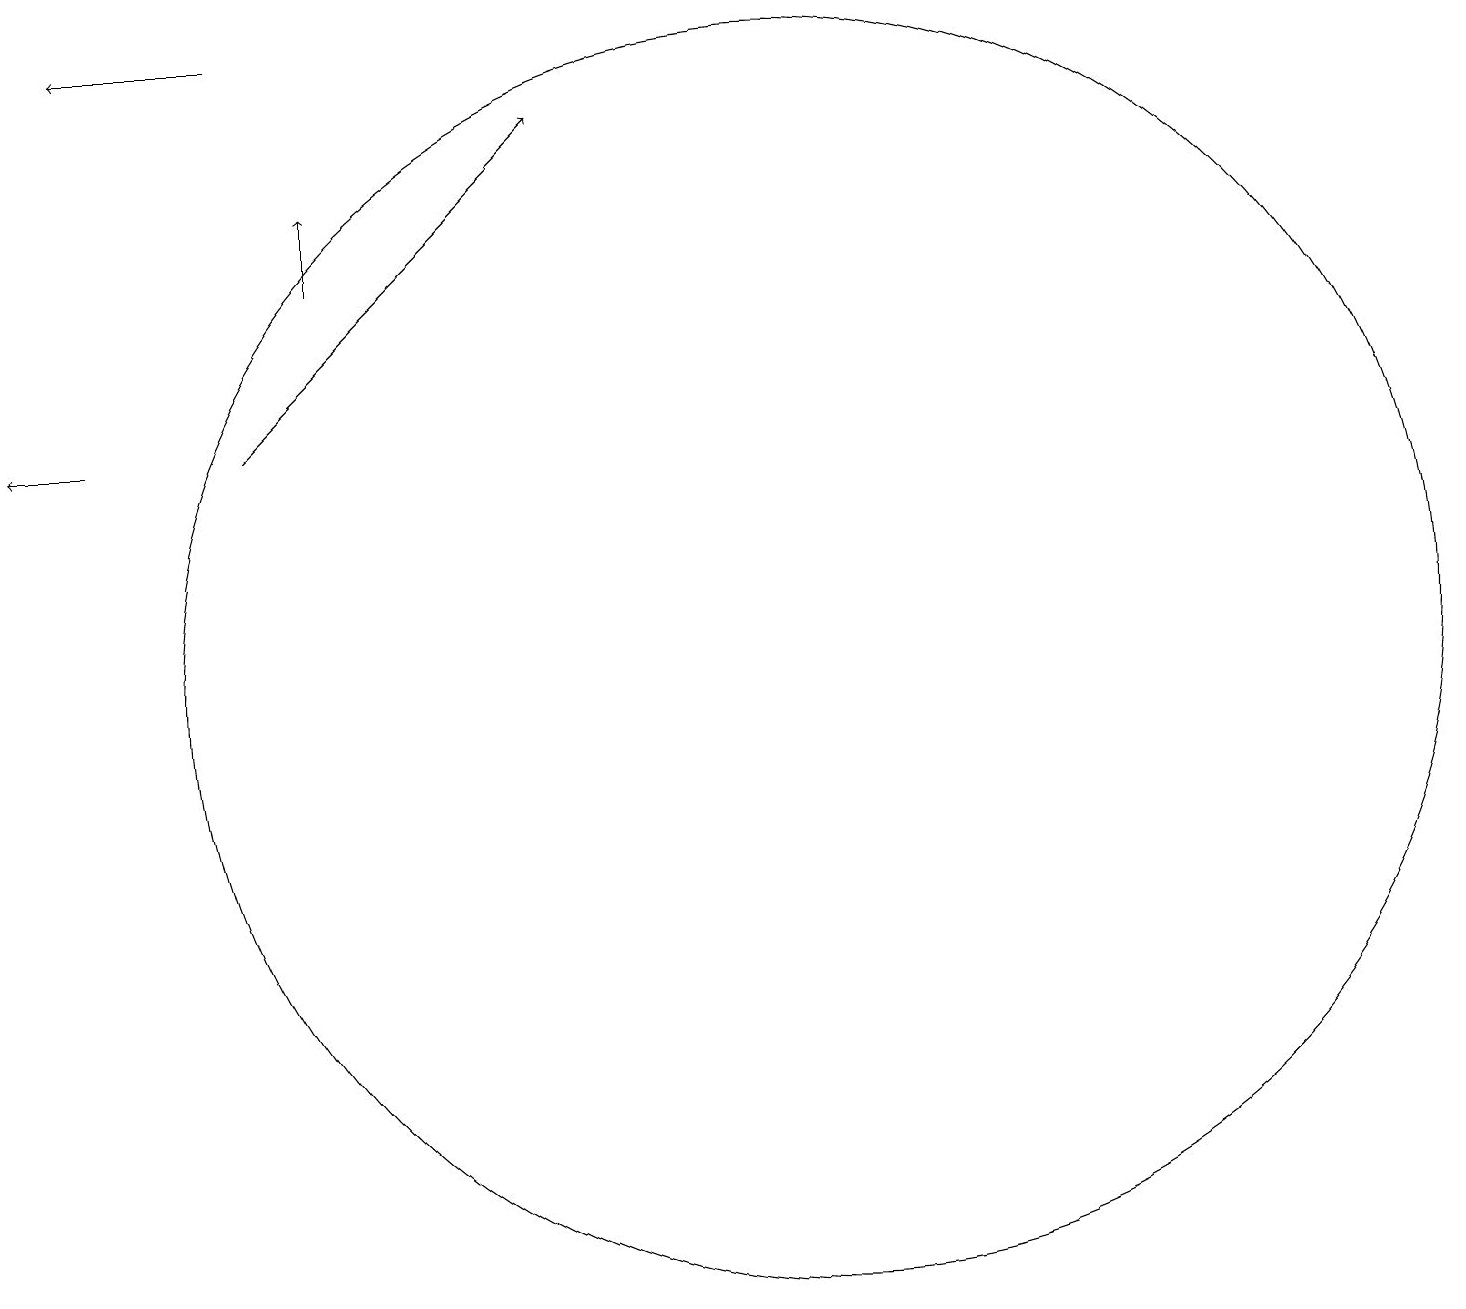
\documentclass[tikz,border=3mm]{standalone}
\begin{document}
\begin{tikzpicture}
\draw[->] (3,19) -- (1,19);
\draw[->] (1,14) -- (0,14);
\draw[->] (4,16) -- (4,17);
\draw (10,11) circle (8);
\draw[->] (3,14) -- (7,18);
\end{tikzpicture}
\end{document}